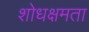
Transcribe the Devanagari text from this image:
शोधक्षमता